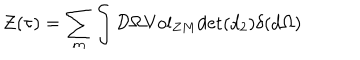
LaTeX: { \cal { Z } } ( \tau { } ) = \sum _ { m } \int { \cal { D } } \Omega { \mathrm { V o l } } _ { Z M } { \mathrm { d e t } } ( d _ { 2 } ) \delta { } ( d \Omega { } )